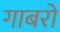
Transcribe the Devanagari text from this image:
गाबरो